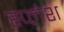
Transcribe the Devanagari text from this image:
स्प्लेश